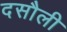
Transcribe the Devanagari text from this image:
दसौली